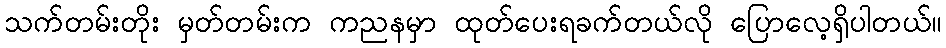
သက်တမ်းတိုး မှတ်တမ်းက ကညနမှာ ထုတ်ပေးရခက်တယ်လို ပြောလေ့ရှိပါတယ်။